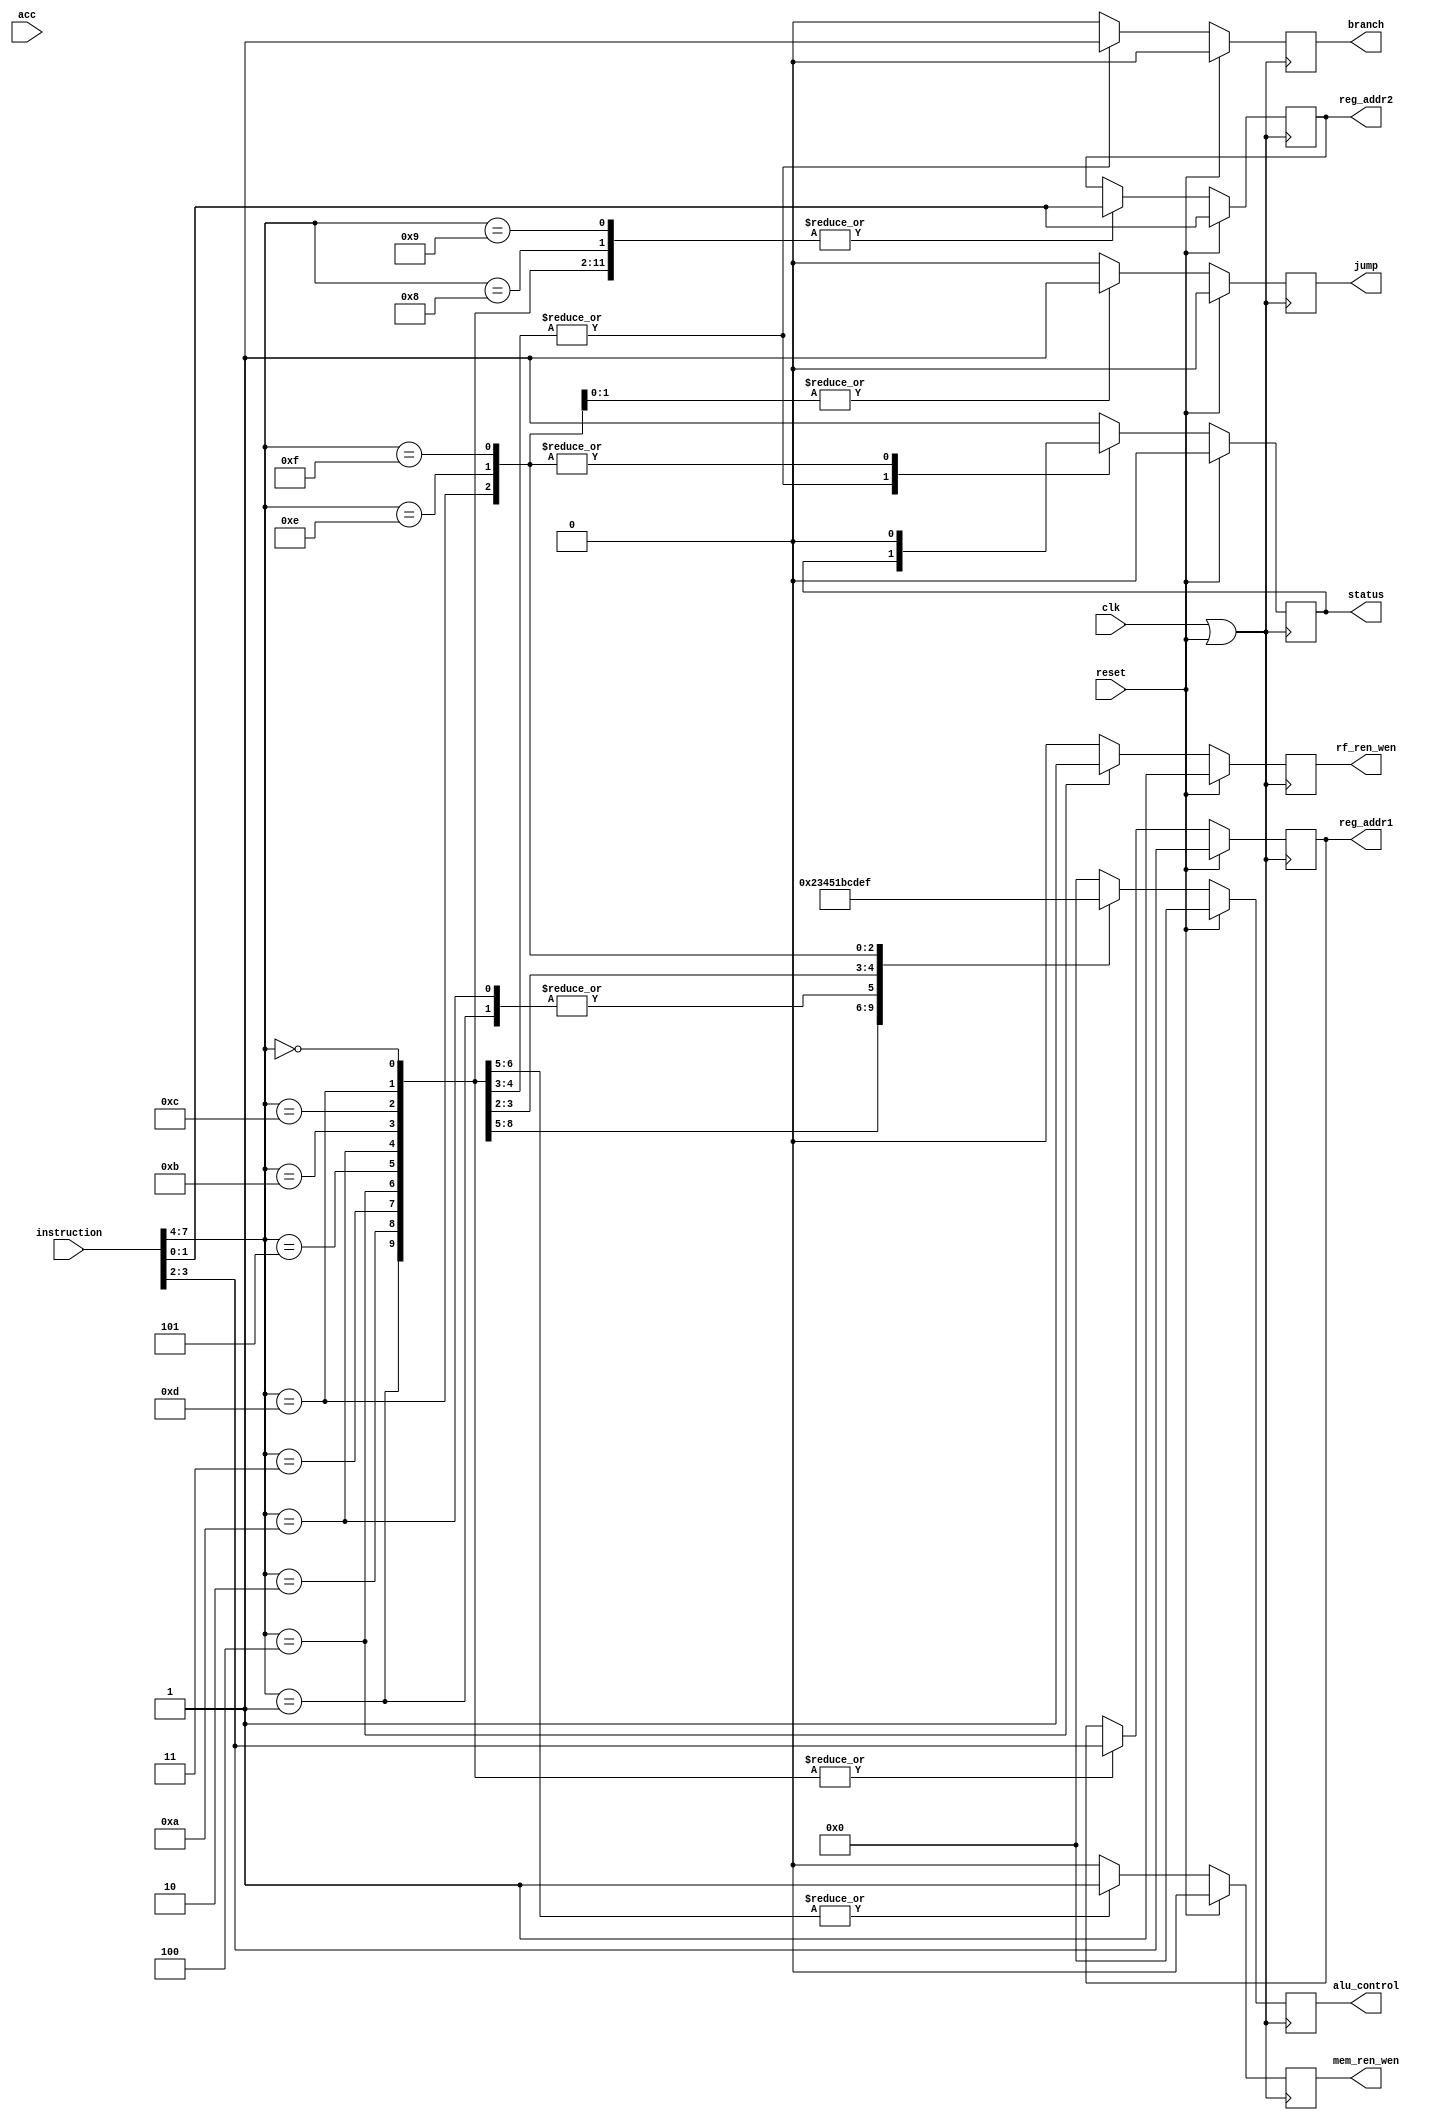
module control_unit(
input clk,
input [7:0]instruction,  
input reset,
input [7:0]acc,
output reg [3:0]alu_control,
output reg [1:0]reg_addr1,reg_addr2,  
output reg jump,branch,mem_ren_wen,rf_ren_wen,status);                      

wire [3:0] opc_fn = instruction[7:4];
always @(posedge clk | reset)  
 begin  
   alu_control = opc_fn;
      if(reset == 1'b1) begin  
                alu_control = 4'b0000;
                jump = 1'b0;  
                branch = 1'b0;  
                mem_ren_wen= 1'b0;
					 rf_ren_wen = 1'b1;	
                status = 1'b0;
					reg_addr1 = instruction[3:2];
					reg_addr2 = instruction[1:0];	
      end  
      else begin  
      case(opc_fn)   
      4'b0000: begin // add  
                alu_control = 4'b0000;
                jump = 1'b0;  
                branch = 1'b0;  
                mem_ren_wen= 1'b0;
					 rf_ren_wen = 1'b0;	
                status = 1'b1;
					reg_addr1 = instruction[3:2];
					reg_addr2 = instruction[1:0];
                end  
      4'b0001: begin // sub
                 alu_control = 4'b0001;
                jump = 1'b0;  
                branch = 1'b0;  
                mem_ren_wen= 1'b0;
					 rf_ren_wen = 1'b0;	
                status = 1'b1;
					reg_addr1 = instruction[3:2];
					reg_addr2 = instruction[1:0];
                end  
      4'b0010: begin // and  
              alu_control = 4'b0010;
                jump = 1'b0;  
                branch = 1'b0;  
                mem_ren_wen= 1'b0;
					 rf_ren_wen = 1'b0;	
                status = 1'b1;
					reg_addr1 = instruction[3:2];
					reg_addr2 = instruction[1:0];
                end  
      4'b0011: begin // nor 
               alu_control = 4'b0011;
                jump = 1'b0;  
                branch = 1'b0;  
                mem_ren_wen= 1'b0;
					 rf_ren_wen = 1'b0;	
                status = 1'b1;
					reg_addr1 = instruction[3:2];
					reg_addr2 = instruction[1:0];  
                end 
		
		4'b0100: begin // load nibble
                alu_control = 4'b0100;
                jump = 1'b0;  
                branch = 1'b0;  
                mem_ren_wen= 1'b1;
					 rf_ren_wen = 1'b1;	
                status = 1'b1;
					reg_addr1 = instruction[3:2];
					reg_addr2 = instruction[1:0];  
                end 
		4'b0101: begin // store nibble
                 alu_control = 4'b0101;
                jump = 1'b0;  
                branch = 1'b0;  
                mem_ren_wen= 1'b1;
					 rf_ren_wen = 1'b0;	
                status = 1'b1;
					reg_addr1 = instruction[3:2];
					reg_addr2 = instruction[1:0]; 
                end 
      
		4'b1000: begin // mov R-> Acc 
                 alu_control = 4'b0000;
                jump = 1'b0;  
                branch = 1'b0;  
                mem_ren_wen= 1'b0;
					 rf_ren_wen = 1'b0;	
                status = 1'b1;
					//reg_addr1 = instruction[3:2];
					reg_addr2 = instruction[1:0];
                end  
      4'b1001: begin // mov Acc->R 
                 alu_control = 4'b0000;
                jump = 1'b0;  
                branch = 1'b0;  
                mem_ren_wen= 1'b0;
					 rf_ren_wen = 1'b0;	
                status = 1'b1;
					//reg_addr1 = instruction[3:2];
					reg_addr2 = instruction[1:0];
                end 
		  	
      4'b1010: begin // bne  
                alu_control = 4'b0001;
                jump = 1'b0;  
                branch = 1'b1;  
                mem_ren_wen= 1'b0;
					 rf_ren_wen = 1'b0;	
					 reg_addr1 = instruction[3:2];
					 reg_addr2 = instruction[1:0]; //address location
                //alu alu_branch(clk,reg_addr1,acc,alu_control,acc,status);
					
                end  
      4'b1011: begin // bltz  
                 alu_control = 4'b1011;
                jump = 1'b0;  
                branch = 1'b1;  
                mem_ren_wen= 1'b0;
					 rf_ren_wen = 1'b0;	
                //alu alu_branch(clk,c,d,alu_control,acc,status);
					reg_addr1 = instruction[3:2];
					reg_addr2 = instruction[1:0]; 
                end  
      4'b1100: begin // shl  
                 alu_control = 4'b1100;
                jump = 1'b0;  
                branch = 1'b0;  
                mem_ren_wen= 1'b0;
					 rf_ren_wen = 1'b0;	
                status = 1'b1;
					reg_addr1 = instruction[3:2];
					reg_addr2 = instruction[1:0]; 
                end  
      4'b1101: begin // shr 
                 alu_control = 4'b1101;
                jump = 1'b0;  
                branch = 1'b0;  
                mem_ren_wen= 1'b0;
					 rf_ren_wen = 1'b0;	
                status = 1'b0;
					reg_addr1 = instruction[3:2];
					reg_addr2 = instruction[1:0]; 
                end  
		4'b1110: begin // j 
                alu_control = 4'b1110;
                jump = 1'b1;  
                branch = 1'b0;  
                mem_ren_wen= 1'b0;
					 rf_ren_wen = 1'b0;	
                status = 1'b0;
					
                end  
		4'b1111: begin // jal 
                  alu_control = 4'b1111;
                jump = 1'b1;  
                branch = 1'b0;  
                mem_ren_wen= 1'b0;
					 rf_ren_wen = 1'b0;	
                status = 1'b0;
					
                end  			 
		
		default: begin  
               alu_control = 4'b0000;  
                jump = 1'b0;  
                branch = 1'b0;  
                mem_ren_wen= 1'b0;
					 rf_ren_wen = 1'b0;	
                status = 1'b1;
                end  
      endcase  
      end
//if (reg_addr1 == 11) $display ("register d was selected");
//else if(reg_addr1 == 10) $display ("register c was selected");
//else if (reg_addr1 == 01) $display ("register b was selected");		
//else  if(reg_addr1 == 00)$display("register acc was selected");
//else $display("no register selected")
//
//if (reg_addr2 == 11) $display ("register d was selected");
//else if(reg_addr2 == 10) $display ("register c was selected");
//else if (reg_addr2 == 01) $display ("register b was selected");		
//else if (reg_addr2 == 00)$display ("register acc was selected");
//else $display("no register selected")

 end  
 endmodule